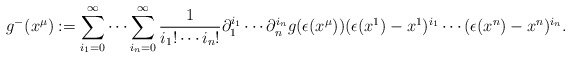
\begin{align*}g^-(x^{\mu}):=\sum_{i_1=0}^{\infty}\cdots\sum_{i_n=0}^{\infty}\frac{1}{i_1!\cdots i_n!}\partial_1^{i_1}\cdots \partial_n^{i_n}g(\epsilon(x^{\mu})) (\epsilon(x^1)-x^1)^{i_1}\cdots(\epsilon(x^n)-x^n)^{i_n}.\end{align*}